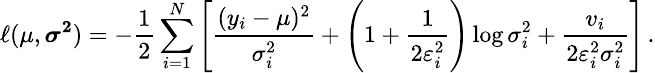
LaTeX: \small\ell(\mu,\boldsymbol{\sigma^{2}})=-\frac{1}{2}\sum_{i=1}^{N}\left[\frac{(y_{i}-\mu)^{2}}{\sigma_{i}^{2}}+\left(1+\frac{1}{2\varepsilon_{i}^{2}}\right)\log{\sigma_{i}^{2}}+\frac{v_{i}}{2\varepsilon_{i}^{2}\sigma_{i}^{2}}\right]\, .